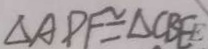
\Delta A P E \cong \Delta C B E